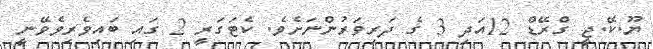
ޔޫ.ކޭ.ޖީ ގްރޭޑް 12އަދި 3 ގެ ދަރިވަރުންނަށެވެ. ކެޓަގަރީ 2 ގައި ބައިވެރިވެވޭނީ